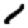
Digit: 1